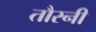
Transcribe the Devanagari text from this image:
तौरनी